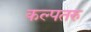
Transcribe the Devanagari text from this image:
कल्‍पतरु